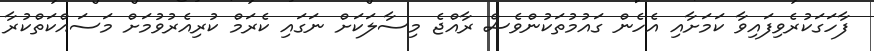
ފާހަގަކުރެވިފައިވާ ކަމަށާއި އެހެން ގައުމުތަކުންވެެސް ރާއްޖެ މިސާލަކަށް ނަގައި ކެރަމް ކުރިއެރުވުމަށް މަސައްކަތްކުރާ